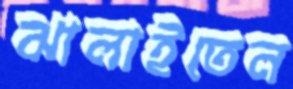
ঝালাইতেন